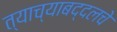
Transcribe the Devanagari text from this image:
त्याच्याबद्दलचे